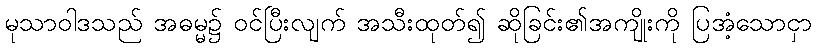
မုသာဝါဒသည် အဓမ္မ၌ ဝင်ပြီးလျက် အသီးထုတ်၍ ဆိုခြင်း၏အကျိုးကို ပြအံ့သောငှာ